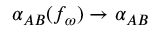
\alpha _ { A B } ( f _ { \omega } ) \rightarrow \alpha _ { A B }